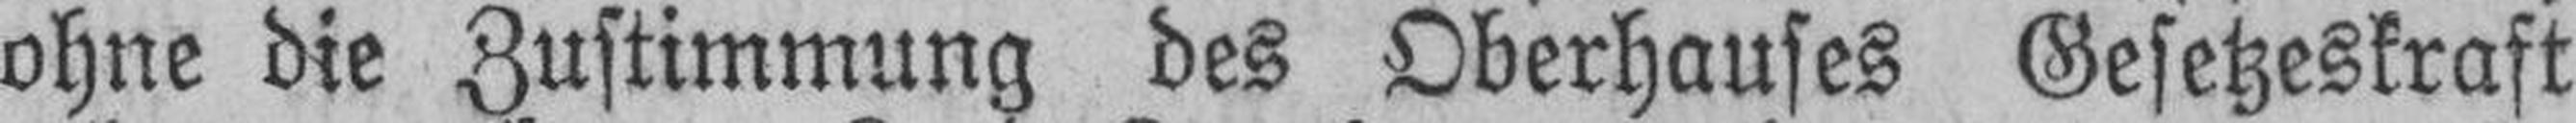
ohne die Zustimmung des Oberhauses Gesetzeskraft